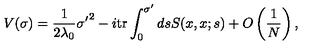
V ( \sigma ) = \frac { 1 } { 2 \lambda _ { 0 } } { \sigma ^ { \prime } } ^ { 2 } - i \mathrm { t r } \int _ { 0 } ^ { \sigma ^ { \prime } } d s S ( x , x ; s ) + O \left( \frac { 1 } { N } \right) ,